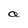
Character: a